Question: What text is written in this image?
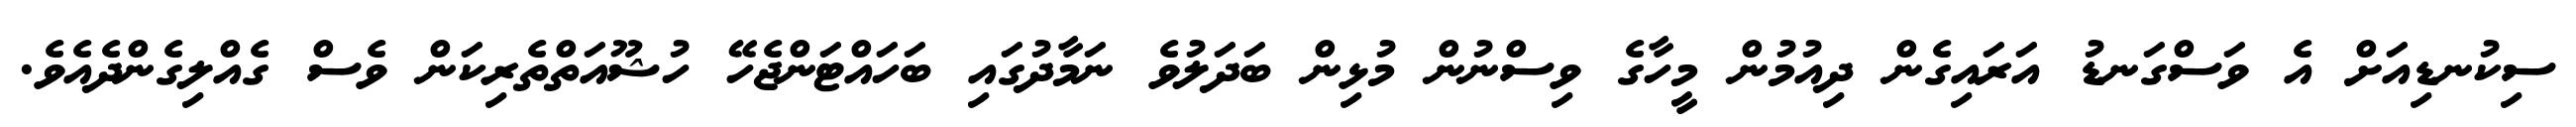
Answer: ސިކުނޑިއަށް އެ ވަސްގަނޑު އަރައިގެން ދިއުމުން މީހާގެ ވިސްނުން މުޅިން ބަދަލުވެ ނަމާދުގައި ބަހައްޓަންޖެހޭ ހުޝޫއަތްތެރިކަން ވެސް ގެއްލިގެންދެއެވެ.